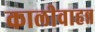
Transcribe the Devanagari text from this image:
कालीवाहन्न